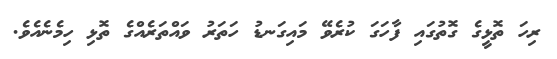
ރިހަ ތޮޅީގެ ގޮތުގައި ފާހަގަ ކުރެވޭ މައިގަނޑު ހަތަރު ވައްތަރެއްގެ ތޮޅި ހިމެނެއެވެ.